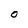
Character: O